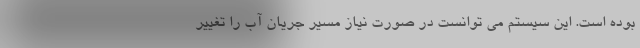
بوده است. این سیستم می توانست در صورت نیاز مسیر جریان آب را تغییر